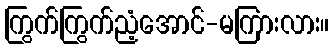
ကြွက်ကြွက်ညံ့အောင်-မကြားလား။